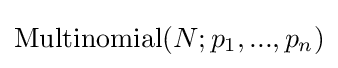
\mathrm {Multinomial} (N;p_{1},...,p_{n})